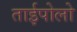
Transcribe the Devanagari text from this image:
ताईपोलो